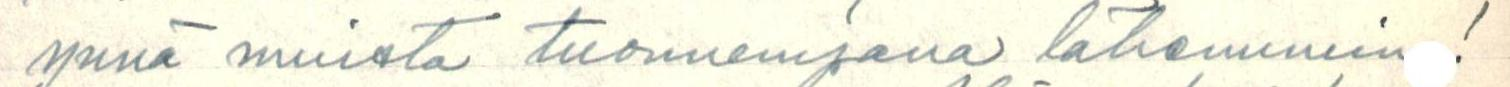
ynnä muista tuonnempana lähemmin!